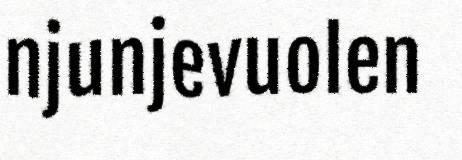
njunjevuolen